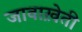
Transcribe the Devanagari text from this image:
जावाख़ेती